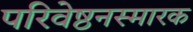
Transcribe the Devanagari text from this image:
परिवेष्ठनस्मारक